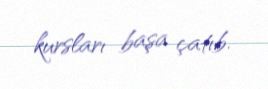
kursları başa çatıb.